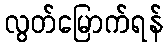
လွတ်မြောက်ရန်